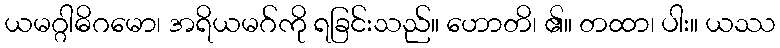
ယမဂ္ဂါဓိဂမော၊ အရိယမဂ်ကို ရခြင်းသည်။ ဟောတိ၊ ၏။ တထာ၊ ပါး။ ယဿ